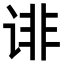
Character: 诽